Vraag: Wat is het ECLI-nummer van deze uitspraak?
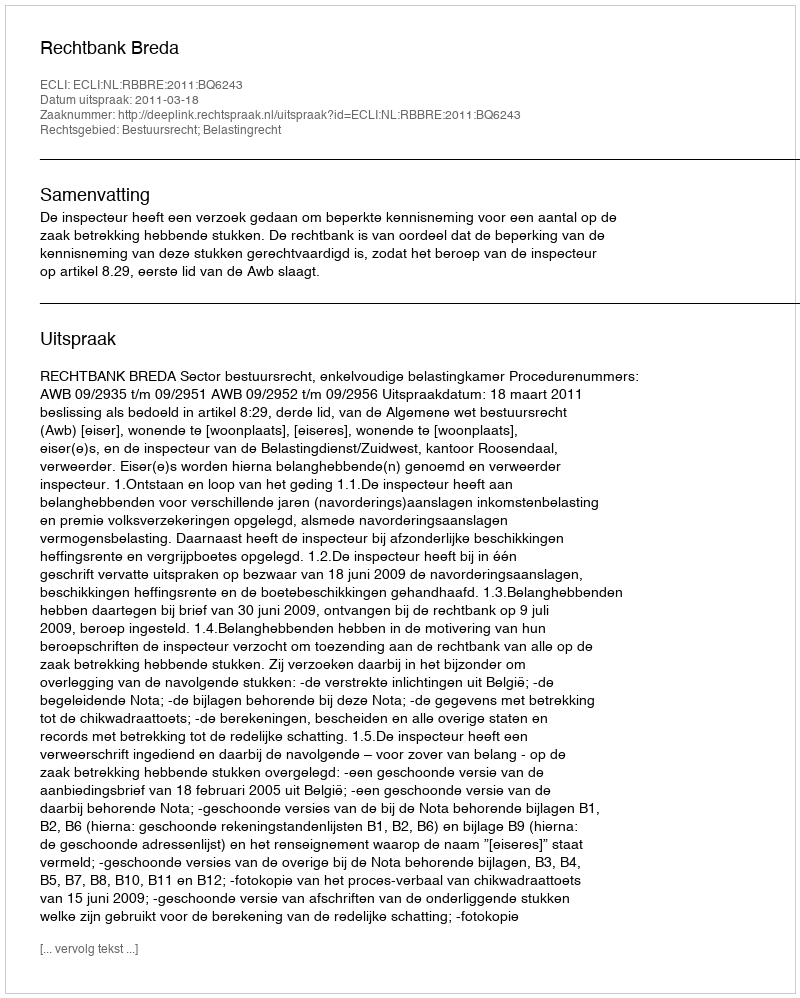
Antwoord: ECLI:NL:RBBRE:2011:BQ6243